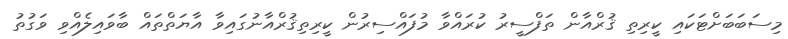
މިސަބަބަށްޓަކައި ކީރިތި ޤުރްއާން ތަފްސީރު ކުރައްވާ މުފައްސިރުން ކީރިތިޤުރްއާނުގައިވާ އާޔަތްތައް ބާވައިލެއްވި ވަގުތު